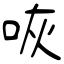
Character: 咴